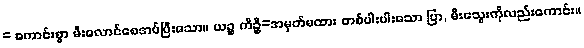
= ကောင်းစွာ မီးလောင်စေအပ်ပြီးသော။ ယဉ္စ ကိဉ္စိ=အမှတ်မထား တစ်ပါးပါးသော ပြာ, မီးသွေးကိုလည်းကောင်း။